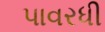
પાવરધી